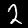
Digit: 2